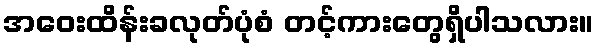
အဝေးထိန်းခလုတ်ပုံစံ တင့်ကားတွေရှိပါသလား။